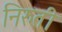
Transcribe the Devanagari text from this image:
निरुती